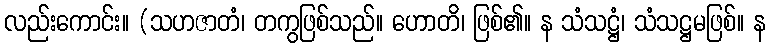
လည်းကောင်း။ (သဟဇာတံ၊ တကွဖြစ်သည်။ ဟောတိ၊ ဖြစ်၏။ န သံသဋ္ဌံ၊ သံသဋ္ဌမဖြစ်။ န